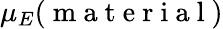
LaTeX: \mu_{E}(\mathrm{~m~a~t~e~r~i~a~l~})